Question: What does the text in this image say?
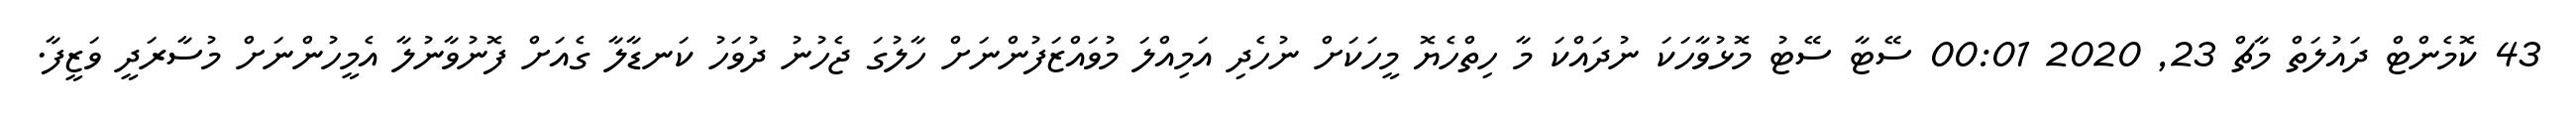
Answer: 43 ކޮމެންޓް ދައުލަތް މާޗް 23, 2020 00:01 ސޭޓާ ސޭޓު މޮޅުވާހަކަ ނުދައްކަ މާ ހިތްހެޔޮ މީހަކަށް ނުހެދި އަމިއްލަ މުވައްޒަފުންނަށް ހާލުގަ ޖެހުނު ދުވަހު ކަނޑާލާ ގެއަށް ފޮނުވާނުލާ އެމީހުންނަށް މުސާރަދީ ވަޒީފާ.